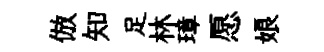
倣知足林璋愿娘